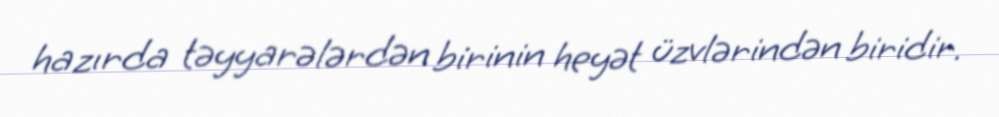
hazırda təyyarələrdən birinin heyət üzvlərindən biridir.